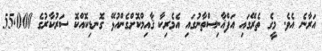
އަރާނެ އެވެ. މީގެ ތެރޭގައި އަފްޣާނިސްތާނުގައި އެމެރިކާ ޤާއިމްކޮށްގެންއުޅޭ ގޮނޑިކޮއްކޮ ސަރުކާރުގެ 55